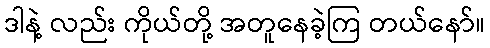
ဒါနဲ့ လည်း ကိုယ်တို့ အတူနေခဲ့ကြ တယ်နော်။